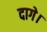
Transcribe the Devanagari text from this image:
दागे।